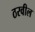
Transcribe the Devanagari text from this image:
ठरवील